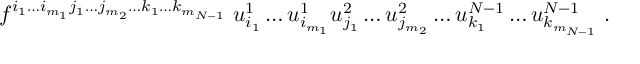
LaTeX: f ^ { i _ { 1 } \ldots i _ { m _ { 1 } } j _ { 1 } \ldots j _ { m _ { 2 } } \ldots k _ { 1 } \ldots k _ { m _ { N - 1 } } } \; u _ { i _ { 1 } } ^ { 1 } \ldots u _ { i _ { m _ { 1 } } } ^ { 1 } u _ { j _ { 1 } } ^ { 2 } \ldots u _ { j _ { m _ { 2 } } } ^ { 2 } \ldots u _ { k _ { 1 } } ^ { N - 1 } \ldots u _ { k _ { m _ { N - 1 } } } ^ { N - 1 } \; .